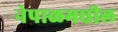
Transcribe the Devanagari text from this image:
नेपाळमघील